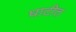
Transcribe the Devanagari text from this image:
घाटीत